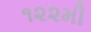
૧૨૨મી